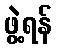
ဖွဲ့ရန်